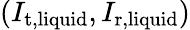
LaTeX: (I_{\mathrm{t,liquid}},I_{\mathrm{r,liquid}})